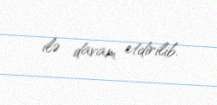
ilə davam etdirilib.